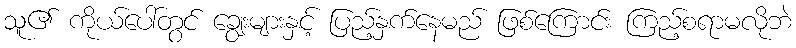
သူ၏ ကိုယ်ပေါ်တွင် ချွေးများနှင့် ပြည့်နှက်နေမည် ဖြစ်ကြောင်း ကြည့်စရာမလိုဘဲ